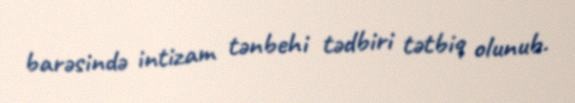
barəsində intizam tənbehi tədbiri tətbiq olunub.